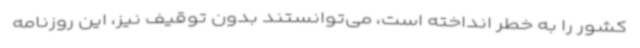
کشور را به خطر انداخته است، می‌توانستند بدون توقیف نیز، این روزنامه